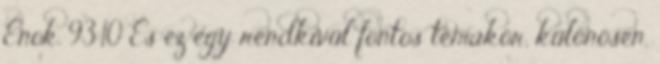
Énok. 93:10 És ez egy rendkívül fontos témakör, különösen,